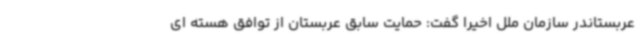
عربستاندر سازمان ملل اخیرا گفت: حمایت سابق عربستان از توافق هسته ای